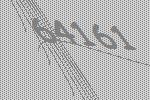
64161